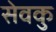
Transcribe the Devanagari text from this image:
सेवकु